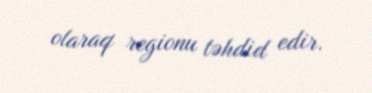
olaraq regionu təhdid edir.